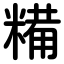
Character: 糒